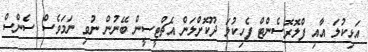
އަޅިކުލަ އާއި ފްލޮރޮސެންޓް ފެހިކުލަ ދޫކޮށްލަން އެޗްޓީސީން ބޭނުން ނުވި ނަމަވެސް ސެންސް